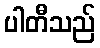
ပါတီသည်